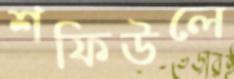
শফিউলে